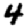
Digit: 4